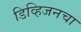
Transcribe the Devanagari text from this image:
डिव्हिजनचा